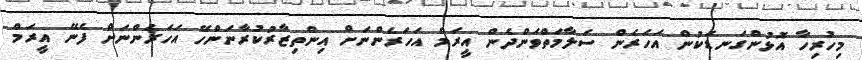
މިހުރިހާ އޮޅުންގަނޑަކުން އަހަރެން ސަލާމަތްވަންދެން އީރަމް އަހަރެންނަށް އިންތިޒާރުކުރާނަންހޭ އަހަރެންނަށް ފެނޭ އީރަމް